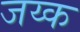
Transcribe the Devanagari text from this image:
जय्क